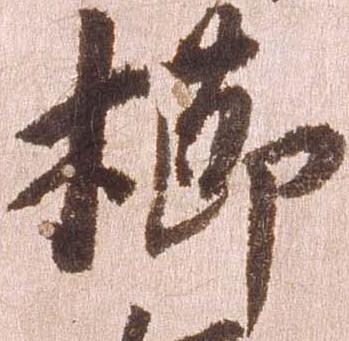
櫛